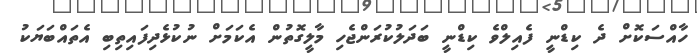
ހާއްސަކޮށް ދެ ކިޑްނީ ފެއިލްވެ ކިޑްނީ ބަދަލުކުރަންޖެހި މާލީގޮތުން އެކަމަށް ނުކުޅެދިފައިތިބި އެތައްބަޔަކު